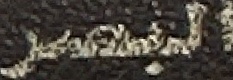
البصر